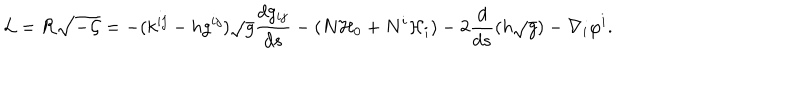
{ \cal L } = { \cal R } \sqrt { { \cal - G } } = - ( k ^ { i j } - h g ^ { i j } ) \sqrt { g } \frac { d g _ { i j } } { d s } - ( N { \cal H } _ { 0 } + N ^ { i } { \cal H } _ { i } ) - 2 \frac { d } { d s } ( h \sqrt { g } ) - \nabla _ { i } \varphi ^ { i } .